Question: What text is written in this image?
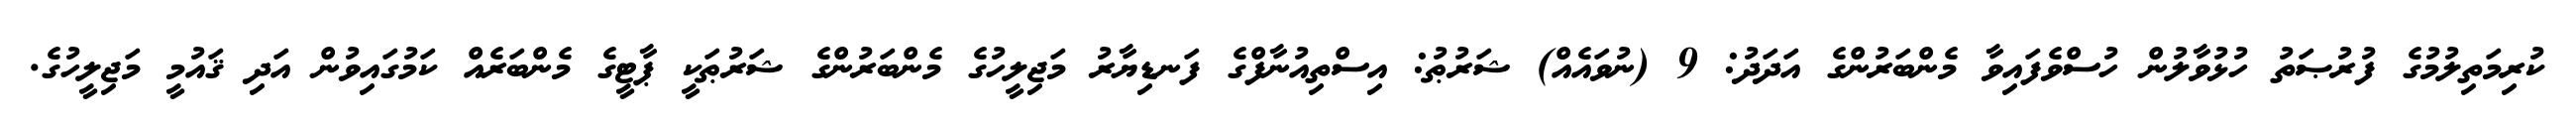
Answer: ކުރިމަތިލުމުގެ ފުރުޞަތު ހުޅުވާލުން ހުސްވެފައިވާ މެންބަރުންގެ އަދަދު: 9 (ނުވައެއް) ޝަރުޠު: އިސްތިއުނާފްގެ ފަނޑިޔާރު މަޖިލީހުގެ މެންބަރުންގެ ޝަރުޠަކީ ޕާޓީގެ މެންބަރެއް ކަމުގައިވުން އަދި ޤައުމީ މަޖިލީހުގެ.